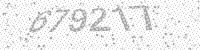
Solution: 679217